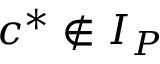
c ^ { * } \notin I _ { P }